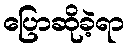
ပြောဆိုခဲ့ရာ